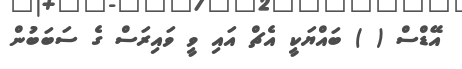
އޭޑްސް ( ) ބައްޔަކީ އެޗް އައި ވީ ވައިރަސް ގެ ސަބަބުން